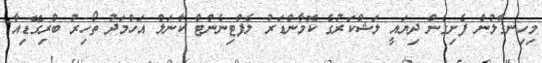
މިހިނގާލުން ފެށިގެން ދިޔައީ ލަޝްކަރުގެ ކޮމާންޑަރު ލެފްޓިނެންޓް ކާނަލް އަހްމަދު ތޯހިރު ބްރިގޭޑިއާ